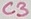
Text: C3